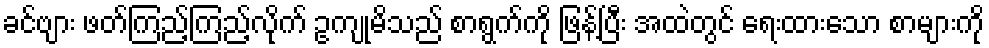
ခင်ဗျား ဖတ်ကြည့်ကြည့်လိုက် ဥကျုမိသည် စာရွက်ကို ဖြန့်ပြီး အထဲတွင် ရေးထားသော စာများကို